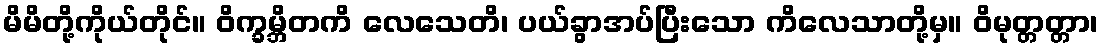
မိမိတို့ကိုယ်တိုင်။ ဝိက္ခမ္ဘိတကိ လေသေတိ၊ ပယ်ခွာအပ်ပြီးသော ကိလေသာတို့မှ။ ဝိမုတ္တတ္တာ၊